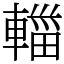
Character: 輺